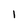
Character: 1